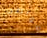
مواطن